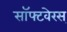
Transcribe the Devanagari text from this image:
सॉफ्टवेरस्